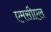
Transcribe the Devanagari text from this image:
एमसीएल